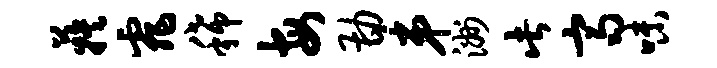
蔟霏稀每勘弟洲此齐味